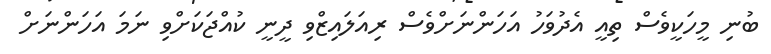
ބުނި މީހަކީވެސް ތިއީ އެދުވަހު އަހަންނަށްވެސް ރިއަލައިޒްވި ދީނީ ކުއްޖަކަށްވި ނަމަ އަހަންނަށް